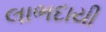
લાભદાયી